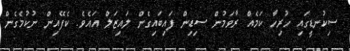
ސިކުނޑީގައި ހުރިހާ ކަމެއް ރާވަމުން ސިޑިން ފައިބައިގެން ލައިޒަލް އައެވެ. ކެފޭއިން ނުކުމެގެން